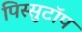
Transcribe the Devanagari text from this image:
पिस्सुटॉप